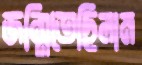
জন্মিতেছিলাম